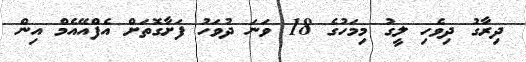
ދިރާގު ދިވެހި ލީގު މިމަހުގެ 18 ވަނަ ދުވަހު ފަށާގޮތަށް އެފްއޭއެމް އިން